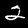
Digit: 2